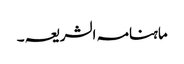
ماہنامہ الشریعہ ۔